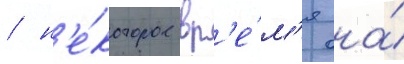
/ н'е́которое вр'е́м'я она́